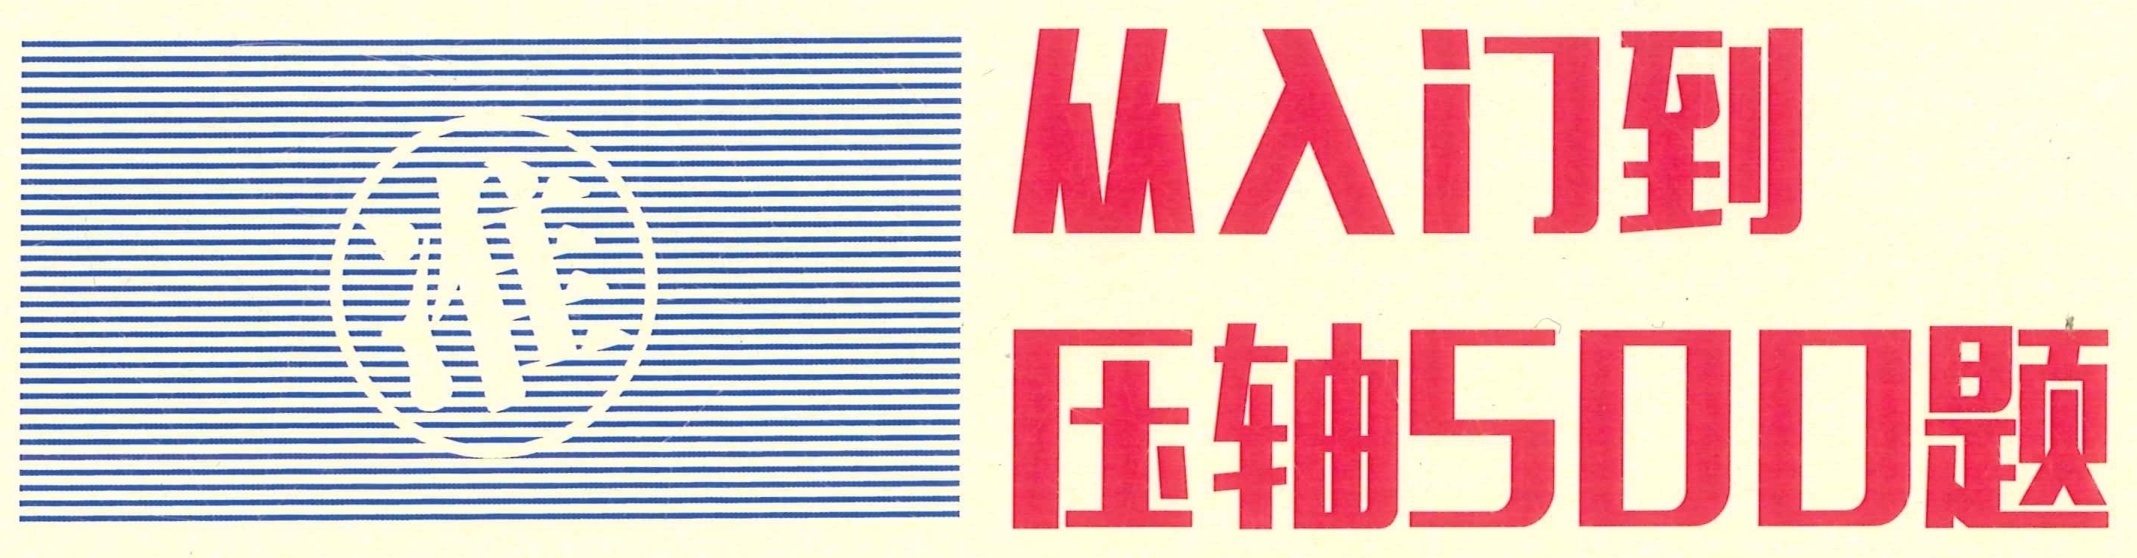
从入门到
压轴500题